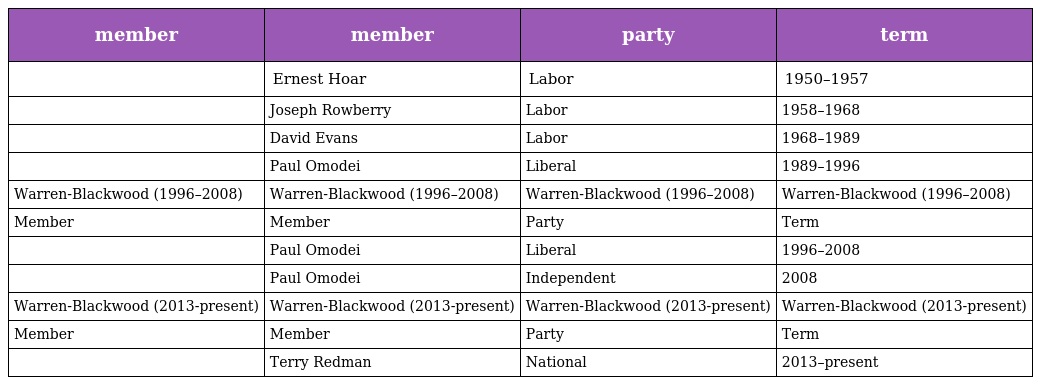
| member | member | party | term |
 | --- | --- | --- | --- |
 |  | Ernest Hoar | Labor | 1950–1957 |
 |  | Joseph Rowberry | Labor | 1958–1968 |
 |  | David Evans | Labor | 1968–1989 |
 |  | Paul Omodei | Liberal | 1989–1996 |
 | Warren-Blackwood (1996–2008) | Warren-Blackwood (1996–2008) | Warren-Blackwood (1996–2008) | Warren-Blackwood (1996–2008) |
 | Member | Member | Party | Term |
 |  | Paul Omodei | Liberal | 1996–2008 |
 |  | Paul Omodei | Independent | 2008 |
 | Warren-Blackwood (2013-present) | Warren-Blackwood (2013-present) | Warren-Blackwood (2013-present) | Warren-Blackwood (2013-present) |
 | Member | Member | Party | Term |
 |  | Terry Redman | National | 2013–present |